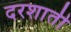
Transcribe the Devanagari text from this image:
दरशाती